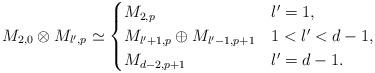
LaTeX: \begin{align*} M_{2,0}\otimes M_{l',p}\simeq \begin{cases} M_{2,p} & l'=1,\\ M_{l'+1,p}\oplus M_{l'-1,p+1} & 1<l'<d-1,\\ M_{d-2,p+1} & l'=d-1. \end{cases}\end{align*}